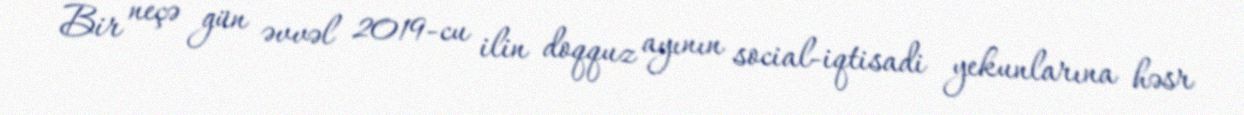
Bir neçə gün əvvəl 2019-cu ilin doqquz ayının social-iqtisadi yekunlarına həsr